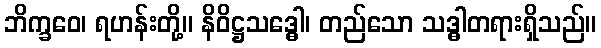
ဘိက္ခဝေ၊ ရဟန်းတို့။ နိဝိဋ္ဌသဒ္ဓေါ၊ တည်သော သဒ္ဓါတရားရှိသည်။